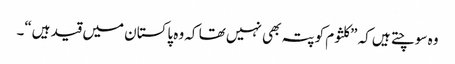
وہ سوچتے ہیں کہ ”کلثوم کو پتہ بھی نہیں تھا کہ وہ پاکستان میں قید ہیں“۔